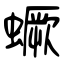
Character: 蟩